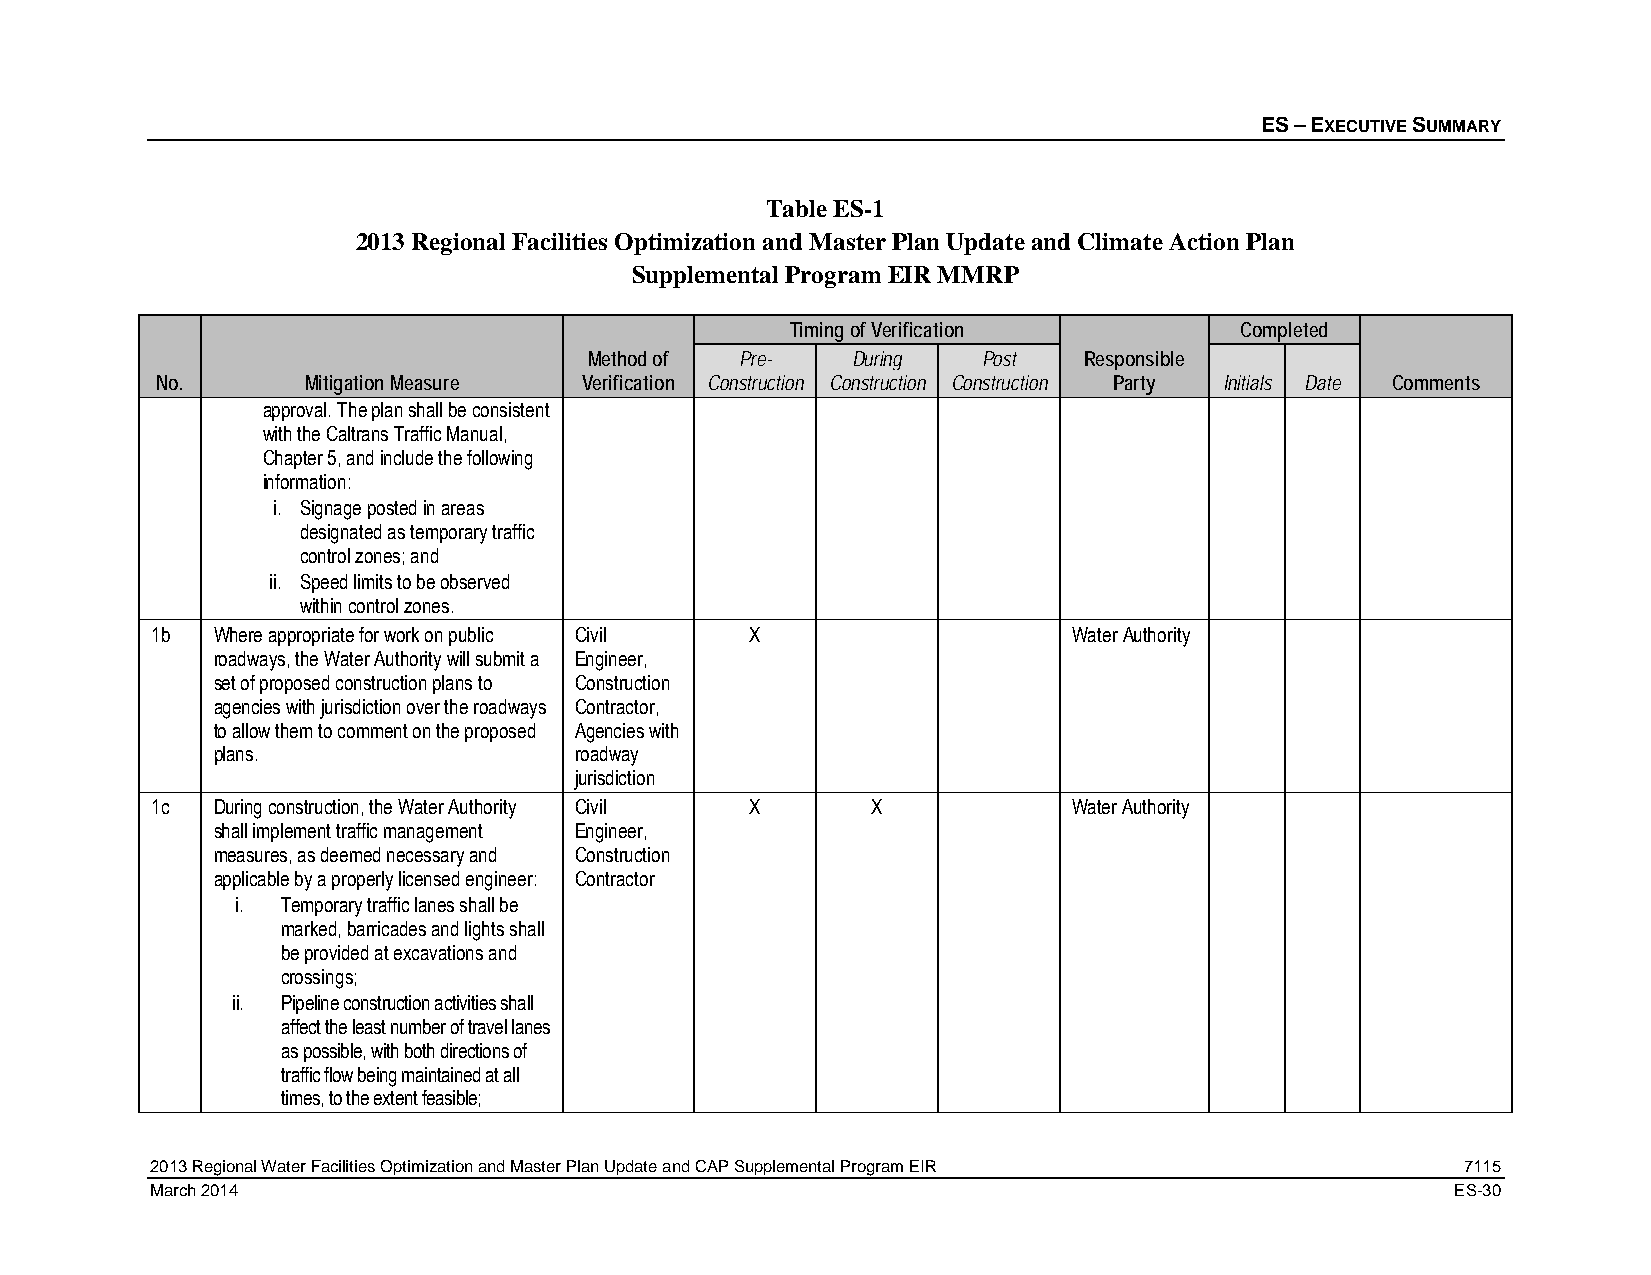
ES – EXECUTIVE SUMMARY
 Table ES-1
 2013 Regional Facilities Optimization and Master Plan Update and Climate Action Plan
 Supplemental Program EIR MMRP
 Timing of Verification        Completed
 Method of Pre-   During   Post   Responsible
 No.       Mitigation Measure Verification Construction Construction Construction Party Initials Date Comments
 approval. The plan shall be consistent
 with the Caltrans Traffic Manual,
 Chapter 5, and include the following
 information:
 i. Signage posted in areas
 designated as temporary traffic
 control zones; and
 ii. Speed limits to be observed
 within control zones.
 1b  Where appropriate for work on public Civil X             Water Authority
 roadways, the Water Authority will submit a Engineer,
 set of proposed construction plans to Construction
 agencies with jurisdiction over the roadways Contractor,
 to allow them to comment on the proposed Agencies with
 plans.                  roadway
 jurisdiction
 1c  During construction, the Water Authority Civil X X       Water Authority
 shall implement traffic management Engineer,
 measures, as deemed necessary and Construction
 applicable by a properly licensed engineer: Contractor
 i. Temporary traffic lanes shall be
 marked, barricades and lights shall
 be provided at excavations and
 crossings;
 ii. Pipeline construction activities shall
 affect the least number of travel lanes
 as possible, with both directions of
 traffic flow being maintained at all
 times, to the extent feasible;
 2013 Regional Water Facilities Optimization and Master Plan Update and CAP Supplemental Program EIR 7115
 March 2014                                                                            ES-30